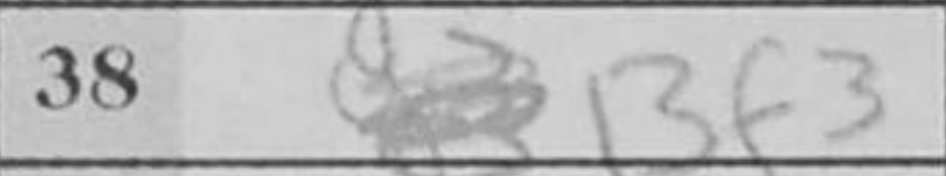
Transcription: Bf3